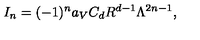
I _ { n } = ( - 1 ) ^ { n } a _ { V } C _ { d } R ^ { d - 1 } \Lambda ^ { 2 n - 1 } ,